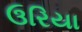
ઉરિયા